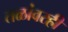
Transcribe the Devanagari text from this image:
तळांवरही